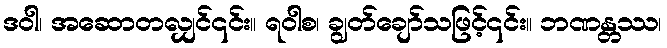
ဒဝါ၊ အဆောတလျှင်၎င်း။ ရဝါစ၊ ချွတ်ချော်သဖြင့်၎င်း။ ဘဏန္တဿ၊